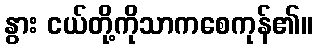
နွား ငယ်တို့ကိုသာကစေကုန်၏။